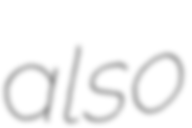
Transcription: also